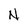
Character: N